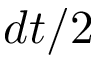
d t / 2